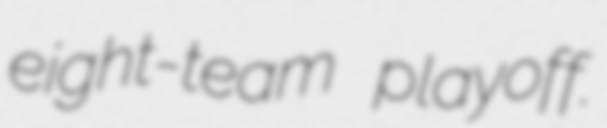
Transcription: eight-team playoff.